Civil Veterinary Department. Central Provinces & Berar 1925-31 - 1925-1931
Year: 1925
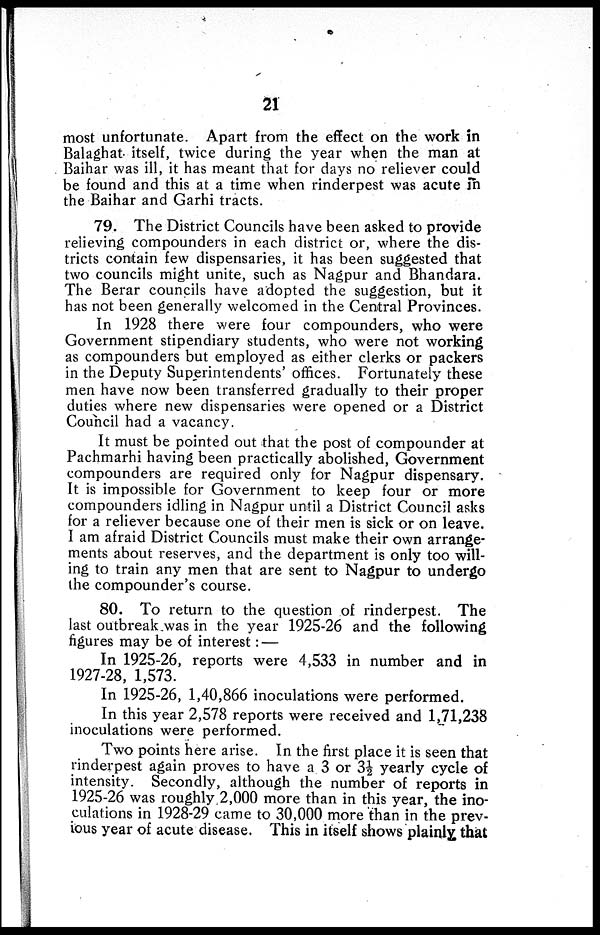
21
most unfortunate. Apart from the effect on the work in
Balaghat itself, twice during the year when the man at
Baihar was ill, it has meant that for days no reliever could
be found and this at a time when rinderpest was acute in
the Baihar and Garhi tracts.
79. The District Councils have been asked to provide
relieving compounders in each district or, where the dis-
tricts contain few dispensaries, it has been suggested that
two councils might unite, such as Nagpur and Bhandara.
The Berar councils have adopted the suggestion, but it
has not been generally welcomed in the Central Provinces.
In 1928 there were four compounders, who were
Government stipendiary students, who were not working
as compounders but employed as either clerks or packers
in the Deputy Superintendents' offices. Fortunately these
men have now been transferred gradually to their proper
duties where new dispensaries were opened or a District
Council had a vacancy.
It must be pointed out that the post of compounder at
Pachmarhi having been practically abolished, Government
compounders are required only for Nagpur dispensary.
It is impossible for Government to keep four or more
compounders idling in Nagpur until a District Council asks
for a reliever because one of their men is sick or on leave.
I am afraid District Councils must make their own arrange-
ments about reserves, and the department is only too will-
ing to train any men that are sent to Nagpur to undergo
the compounder's course.
80. To return to the question of rinderpest. The
last outbreak was in the year 1925-26 and the following
figures may be of interest: —
In 1925-26, reports were 4,533 in number and in
1927-28, 1,573.
In 1925-26, 1,40,866 inoculations were performed.
In this year 2,578 reports were received and 1,71,238
inoculations were performed.
Two points here arise. In the first place it is seen that
rinderpest again proves to have a 3 or 3½ yearly cycle of
intensity. Secondly, although the number of reports in
1925-26 was roughly 2,000 more than in this year, the ino-
culations in 1928-29 came to 30,000 more than in the prev-
ious year of acute disease. This in itself shows plainly that